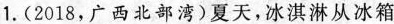
1.(2018，广西北部湾)夏天，冰淇淋从冰箱